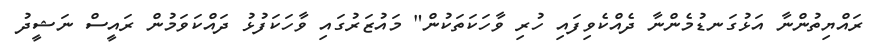
ރައްޔިތުންނާ އަޅުގަނޑުމެންނާ ދެއްކެވިފައި ހުރި ވާހަކަތަކުން" މައުޒަރުގައި ވާހަކަފުޅު ދައްކަވަމުން ރައީސް ނަޝީދު